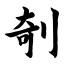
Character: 剞